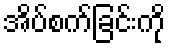
အိပ်စက်ခြင်းကို